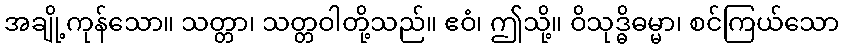
အချို့ကုန်သော။ သတ္တာ၊ သတ္တဝါတို့သည်။ ဧဝံ၊ ဤသို့။ ဝိသုဒ္ဓိဓမ္မာ၊ စင်ကြယ်သော